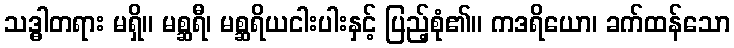
သဒ္ဓါတရား မရှိ။ မစ္ဆရီ၊ မစ္ဆရိယငါးပါးနှင့် ပြည့်စုံ၏။ ကဒရိယော၊ ခက်ထန်သော